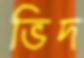
ভিদ